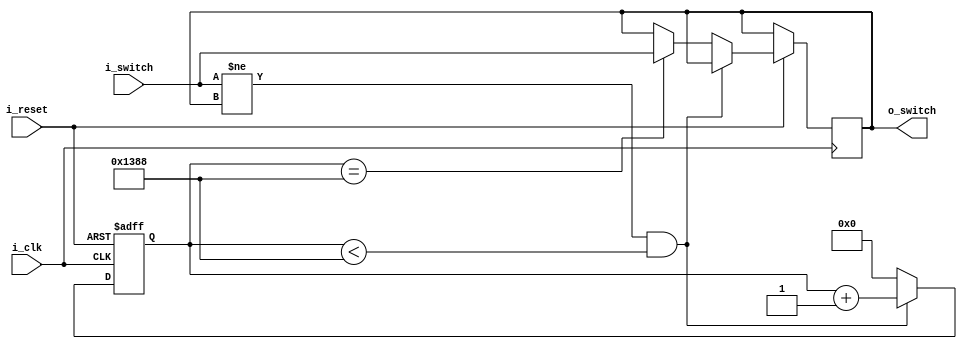
//------------------------------------------------------------
// Project: HYBRID_CONTROL
//------------------------------------------------------------
// Description:
// debounce_core:
//    detect when a signal change of state and activate a counter
//    if the counter finish the output signal is changed accordling
//    to the input
// debounce:
//    instantiates N instance of debounce_core
// 
// --> new debounce which replace all the others
//------------------------------------------------------------


module debounce_core #(
      parameter DEBOUNCE_TIME = 5000
   )(
      output o_switch,
      input  i_clk,
      input  i_reset,
      input  i_switch
   );


   reg [31:0] counter;
   reg r_switch_state;

   assign o_switch = r_switch_state;

   initial begin
      counter = 0;
      r_switch_state = 0;
   end

   always @(posedge i_clk or negedge i_reset) begin
      if (~i_reset)
         counter <= 0;
      else begin
         if ( (i_switch != r_switch_state) & (counter<DEBOUNCE_TIME) ) begin
            counter <= counter+1;
         end else begin
            if (counter==DEBOUNCE_TIME) begin
               r_switch_state <= i_switch;
               counter <= 0;
            end else begin
               counter <= 0;
            end
         end
      end
   end

endmodule


module debounce #(
      parameter DEBOUNCE_TIME = 5000,
      parameter N = 1
   )(
      output [N-1:0] o_switch,
      input  i_clk,
      input  i_reset,
      input  [N-1:0] i_switch 
   );

   genvar i;

   generate
      for (i = 0; i < N; i = i + 1) begin : DB
         debounce_core  #( .DEBOUNCE_TIME(DEBOUNCE_TIME) ) db_core(
            .o_switch(o_switch[i]),
            .i_clk(i_clk),
            .i_reset(i_reset),
            .i_switch(i_switch[i])
         );
      end
   endgenerate

endmodule